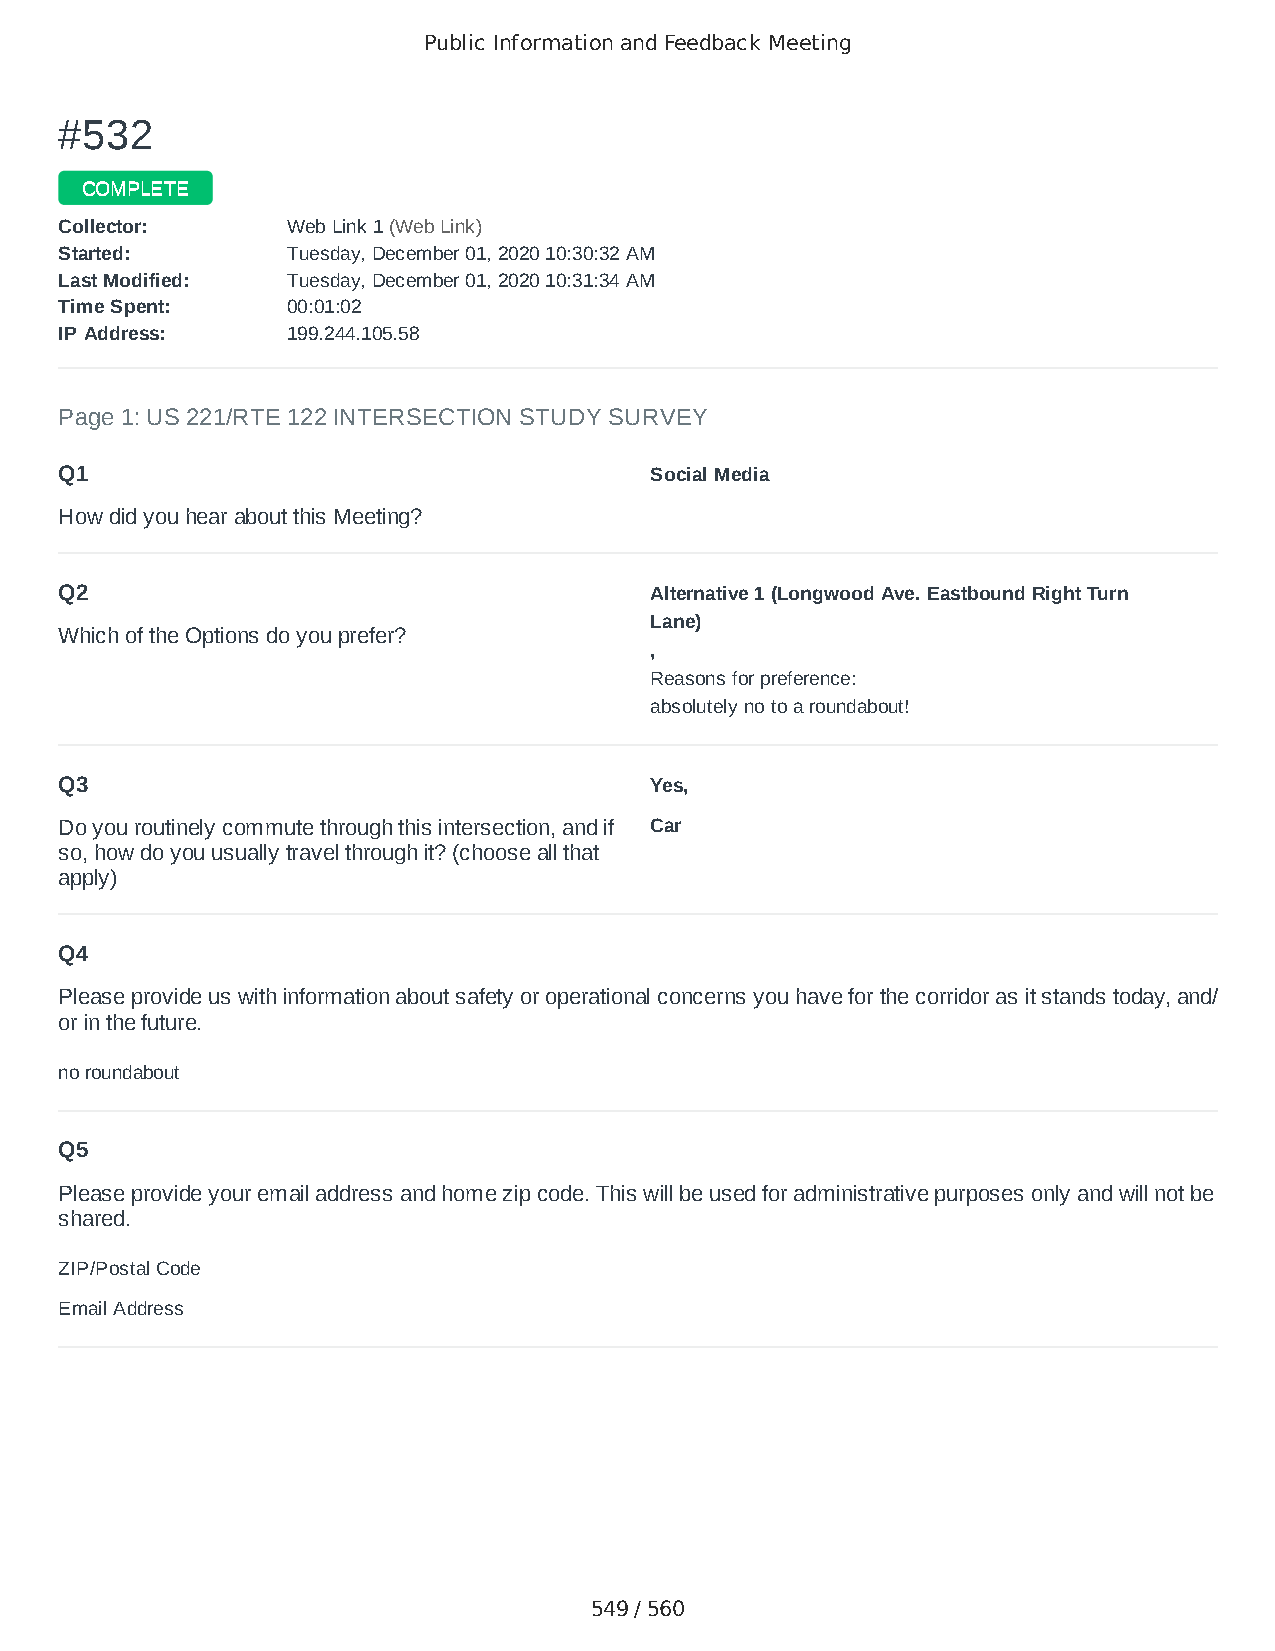
Public Information and Feedback Meeting
 ##553322
 CCOOMMPPLLEETTEE
 CCoolllleeccttoorr:: WWeebb LLiinnkk 11 ((WWeebb LLiinnkk))
 SSttaarrtteedd:: TTuueessddaayy,, DDeecceemmbbeerr 0011,, 22002200 1100::3300::3322 AAMM
 LLaasstt MMooddiiffiieedd:: TTuueessddaayy,, DDeecceemmbbeerr 0011,, 22002200 1100::3311::3344 AAMM
 TTiimmee SSppeenntt:: 0000::0011::0022
 IIPP AAddddrreessss:: 119999..224444..110055..5588
 Page 1: US 221/RTE 122 INTERSECTION STUDY SURVEY
 Q1                                     Social Media
 How did you hear about this Meeting?
 Q2                                     Alternative 1 (Longwood Ave. Eastbound Right Turn
 Lane)
 Which of the Options do you prefer?
 ,
 Reasons for preference:
 absolutely no to a roundabout!
 Q3                                     Yes,
 Do you routinely commute through this intersection, and if Car
 so, how do you usually travel through it? (choose all that
 apply)
 Q4
 Please provide us with information about safety or operational concerns you have for the corridor as it stands today, and/
 or in the future.
 no roundabout
 Q5
 Please provide your email address and home zip code. This will be used for administrative purposes only and will not be
 shared.
 ZIP/Postal Code                        24526
 Email Address                          rhondabear96@gmail.com
 549 / 560